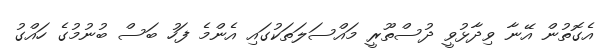
އެގޮތުން އޭނާ ވިދާޅުވީ ދުސްތޫރީ މައްސަލަތަކުގައި އެންމެ ފަހު ބަސް ބުނުމުގެ ހައްގު